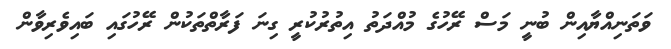
ވަތަނިއްޔާއިން ބުނީ މަސް ރޭހުގެ މުއްދަތު އިތުރުކުރީ ގިނަ ފަރާތްތަކުން ރޭހުގައި ބައިވެރިވާން